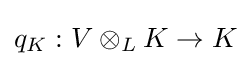
q_{K}:V\otimes _{L}K\to K